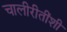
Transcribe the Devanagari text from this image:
चालीरीतींशी